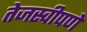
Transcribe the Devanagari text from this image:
तेजस्वीपणे